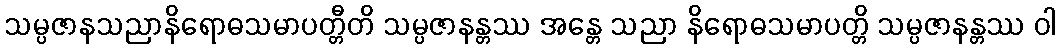
သမ္ပဇာနသညာနိရောဓသမာပတ္တီတိ သမ္ပဇာနန္တဿ အန္တေ သညာ နိရောဓသမာပတ္တိ သမ္ပဇာနန္တဿ ဝါ